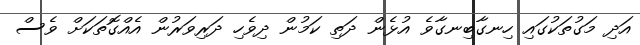
އަދި މަގުތަކުގައި ހިނގާބިނގާވެ އުޅެން ދަތި ކަމުން ދިވެހި ދަރިވަރުން އެއްގޮތަކަށް ވެސް